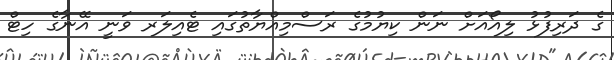
ގެ ދަރިފުޅު ލިއޯއަށް ނަން ކިޔުމުގެ ރަސްމިއްޔާތުގައި ޓެއިލަރ ވަނީ އޭނާގެ ހިޓް